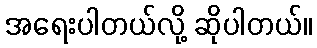
အရေးပါတယ်လို့ ဆိုပါတယ်။